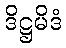
ဒိဋ္ဌမိဒံ